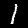
Label: 1